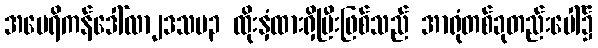
အမေရိကန်ဒေါ်လာ၂ဒသမ၃ ထိုးနှံထားရှိပြီးဖြစ်သည် အာရုံတစ်ခုတည်းပေါ်၌